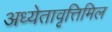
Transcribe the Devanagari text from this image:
अध्येतावृत्तिमिल